Calcutta medical institutions reports 1879-81 [i.e.91]
Year: 1879
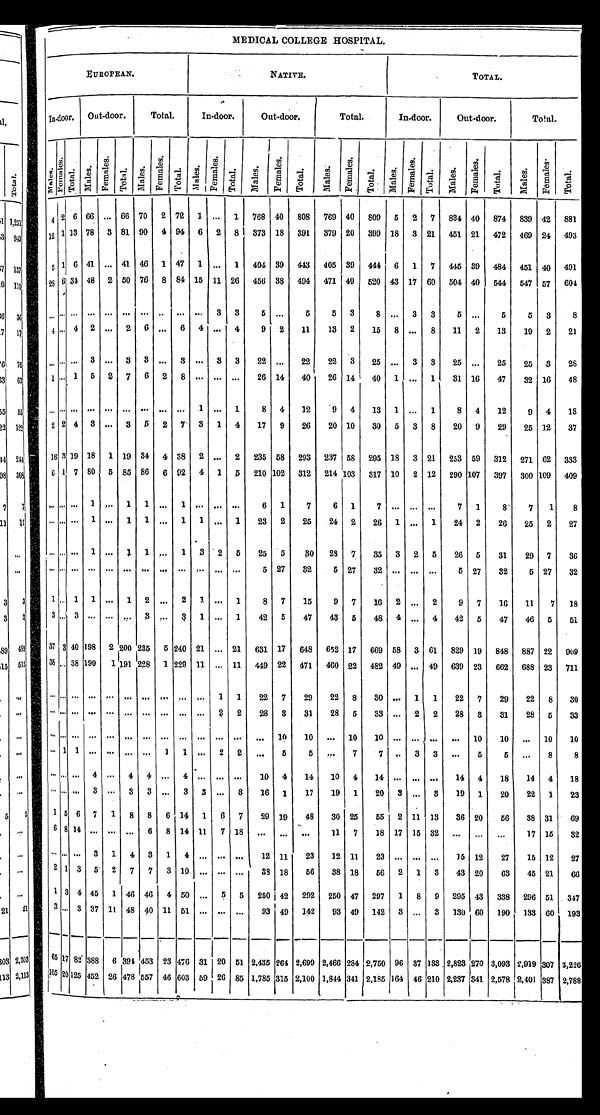
MEDICAL COLLEGE HOSPITAL.
E U R O P E A N .
NATIVE.
TOTAL.
In-door. Out-door.
Total.
In-door.
Out-door.
Total.
In-door.
Out-door.
Total.
M a l e s .
F e m a l e s .
T o t a l . Mal es.
F e ma l e s .
Tot al . Ma l e s .
F e m a l e s .
Tot al . M a l e s .
F e m a l e s .
Tot al . M a l e s .
F e m a l e s .
T o t a l .
M a l e s .
Fe ma l e s . T o t a l . M a l e s . F e ma l e s .
T o t a l . M a l e s . F e m a l e s .
T o t a l .
M a l e s .
F e m a l e s .
T o t a l .
4 2 6 6 6 . . . 6 6 7 0 2 7 2 1 . . . 1
7 6 8 4 0
8 0 8
7 6 9 4 0
8 0 9 5 2 7
8 3 4 4 0
8 7 4
8 3 9 4 2
8 8 1
1 2 1 1 3 7 8 3 8 1 9 0 4 9 4 6 2
8
3 7 3 1 8
3 9 1
3 7 9 2 0
3 9 9 1 8 3 2 1
4 5 1 2 1
4 7 2
4 6 9 2 4
4 9 3
5 1 6 4 1 . . . 4 1 4 6 1 4 7 1 . . . 1
4 0 4 3 9
4 4 3
4 0 5 3 9
4 4 4 6 1 7
4 4 5 3 9
4 8 4
4 5 1 4 0
4 9 1
2 8 6 3 4 4 8 2 5 0 7 6 8 8 4 1 5 1 1 2 6
4 5 6 3 8
4 9 4
4 7 1 4 9
5 2 0 4 3 1 7 6 0
5 0 4 4 0
5 4 4
5 4 7 5 7
6 0 4
. . .
. . . . . . . . . . . . . . . . . . . . . . . . . . . 3 3
5 . . .
5
5 3
8 . . . 3 3
5 . . .
5
5 3
8
4 . . . 4 2 . . . 2 6 . . . 6 4 . . . 4
9 2
1 1
1 3 2
1 5 8 . . . 8
1 1 2
1 3
1 9 2
2 1
. . . . . . . . . 3 . . . 3 3 . . . 3 . . . 3 3
2 2 . . .
2 2
2 2 3
2 5 . . . 3 3
2 5 . . .
2 5
2 5 3
2 8
1 . . . 1 5 2 7 6 2 8 . . . . . . . . .
2 6 1 4
4 0
2 6 1 4
4 0 1 . . . 1
3 1 1 6
4 7
3 2 1 6
4 8
. . . . . . . . . . . . . . . . . . . . . . . . . . . 1 . . . 1
8 4
1 2
9 4
1 3 1 . . . 1
8 4
1 2
9 4
1 3
2 2 4 3 . . . 3 5 2 7 3 1 4
1 7 9
2 6
2 0 1 0
3 0 5 3 8
2 0 9
2 9
2 5 1 2
3 7
1 6 3 1 9 1 8 1 1 9 3 4 4 3 8 2 . . . 2
2 3 5 5 8
2 9 3
2 3 7 5 8
2 9 5 1 8 3 2 1
2 5 3 5 9
3 1 2
2 7 1 6 2
3 3 3
6 1 7 8 0 5 8 5 8 6 6 9 2 4 1 5
2 1 0 1 0 2
3 1 2
2 1 4 1 0 3
3 1 7 1 0 2 1 2
2 9 0 1 0 7
3 9 7
3 0 0 1 0 9
4 0 9
. . . . . . . . . 1 . . . 1 1 . . . 1 . . . . . . . . .
6 1
7
6 1
7 . . . . . . . . .
7 1
8
7 1
. . . . . . . . . 1 . . . 1 1 . . . 1 1
. . . 1
2 3 2
2 5
2 4 2
2 6 1 . . . 1
2 4 2
2 6
2 5 2
2 7
. . . . . . . . . 1 . . . 1 1 . . . 1 3
2 5
2 5 5
3 0
2 8 7
3 5 3 2 5
2 6 5
3 1
2 9 7
3 6
. . . . . . . . . . . . . . . . . . . . . . . . . . . . . . . . . . . . .
5 2 7
3 2
5 2 7
3 2 . . . . . . . . .
5 2 7
3 2
5 2 7
3 2
1 . . . 1
1 . . . 1 2 . . . 2 1
. . . 1
8
7
1 5
9
7
1 6 2 . . . 2
9
7
1 6
1 1 7
1 8
3 . . . 3
. . . . . . . . . 3 . . . 3 1
. . . 1
4 2 5
4 7
4 3 5
4 8 4 . . . 4
4 2 5
4 7
4 6 5
5 1
3 7
3 4 0 1 9 8 2 2 0 0 2 3 5 5 2 4 0 2 1 . . . 2 1
6 3 1 1 7
6 4 8
6 5 2 1 7
6 6 9 5 8 3 6 1
8 2 9 1 9
8 4 8
8 8 7 2 2
9 0 9
3 5 . . . 3 8
1 9 0 1 1 9 1
2 2 8 1 2 2 9 1 1 . . . 1 1
4 4 9
2 2
4 7 1
4 6 0 2 2
4 8 2 4 9 . . . 4 9
6 3 9 2 3
6 6 2
6 8 8 2 3
7 1 1
. . . . . . . . . . . . . . . . . . . . . . . .
. . . . . . 1 1
2 2
7
2 9
2 2 8
3 0 . . . 1 1
2 2 7
2 9
2 2 8
3 0
. . . . . . . . . . . . . . . . . . . . . . . . . . . . . . 2 2
2 8
3
3 1
2 8 5
3 3 . . . 2 2 2 8
3
3 1
2 8 5
3 3
. . . . . . . . . . . . . . . . . . . . . . . . . . . . . . . . . . . .
. . .
1 0
1 0
. . . 1 0
1 0 . . . . . . . . .
. . . 1 0
1 0
. . . 1 0
1 0
. . . 1 1 . . . . . . . . . . . . 1 1
. . . 2 2
. . .
5
5
. . . 7
7 . . . 3 3 . . .
5
5 . . .
8
. . . . . . . . . 4 . . . 4 4 . . . 4 . . . . . . . . .
1 0
4
1 4
1 0 4
1 4 . . . . . . . . .
1 4 4
1 8
1 4 4
. . . . . . . . .
3 . . . 3 3
. . . 3 3
. . . 8
1 6
1
1 7
1 9 1
2 0 3 . . . 3
1 9 1
2 0
2 2 1
1 5 6 7 1 8 8 6
1 4 1 6 7
2 9
1 9
4 8 3 0
2 5
5 5 2 1 1 1 3
3 6 2 0
5 6
3 8 3 1
6 8 1 4 . . . . . . . . . 6 8
1 4 1 1 7
1 8
. . .
. . .
. . .
1 1 7
1 8 1 7 1 5
3 2 . . .
. . .
. . .
1 7 1 5
. . . . . . . . . 3 1 4 3 1 4 . . .
. . . . . . 1 2 1 1
2 3 1 2 1 1
2 3 . . . . . .
. . . 1 5
1 2
2 7 1 5
1 2
2 1 3 5 2 7 7 3
1 0 . . . . . . . . .
3 8 1 8
5 6 3 8 1 8
5 6 2 1 3
4 3 2 0
6 3 4 5
2 1
1 3 4
4 5 1 4 6 4 6 4
5 0 . . . 5 5
2 5 0
4 2
2 9 2
2 5 0 4 7
2 9 7 1 8 9
2 9 5 4 3
3 3 8
2 9 6 5 1
3 4 7
3
. . . 3
3 7
1 1
4 8 4 0
1 1
5 1
. . .
. . . . . .
9 3 4 9
1 4 2
9 3
4 9
1 4 2
3
. . .
3
1 3 0 6 0
1 9 0
1 3 3 6 0
1 9 3
6 5 1 7 8 2 3 8 8 6
3 9 4
4 5 3 2 3 4 7 6 3 1
2 0
5 1
2 , 4 3 5
2 6 4
2 , 6 9 0
2 , 4 6 6 2 8 4
2 , 7 5 0
9 6 3 7 1 3 3 2 , 8 2 3
2 7 0
3 , 0 9 3
2 , 9 1 9 3 0 7
3 , 2 2 6
1 0 5
2 0 1 2 5 4 5 2
2 6 4 7 8 5 5 7 4 6 6 0 3 5 9
2 6 8 5
1 , 7 8 5
3 1 5
2 , 1 0 0
1 , 8 4 4 3 4 1
2 , 1 8 5 1 6 4
4 6 2 1 0 2 , 2 3 7
3 4 1
2 , 5 7 8
2 , 4 0 1 3 8 7
2 , 7 8 8